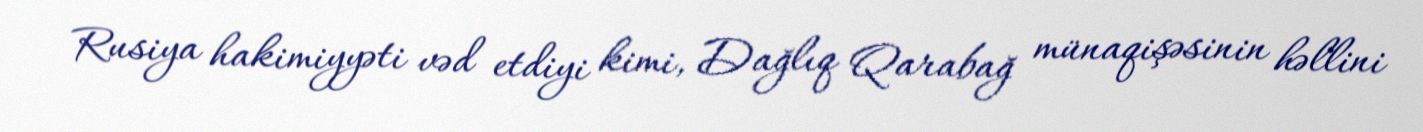
Rusiya hakimiyyəti vəd etdiyi kimi, Dağlıq Qarabağ münaqişəsinin həllini